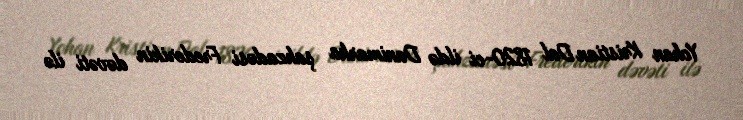
Yohan Kristian Dal 1820-ci ildə Danimarka şahzadəsi Frederikin dəvəti ilə